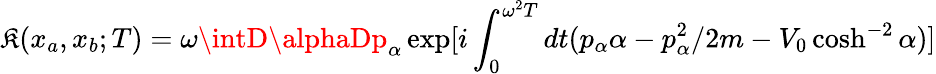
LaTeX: \mathfrak{K}(x_{a},x_{b};T)=\omega\intD\alphaDp_{\alpha}\exp[i\int_{0}^{\omega^{2}T}dt(p_{\alpha}\alpha-p_{\alpha}^{2}/2m-V_{0}\cosh^{-2}\alpha)]